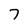
Character: 7